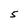
Character: 5